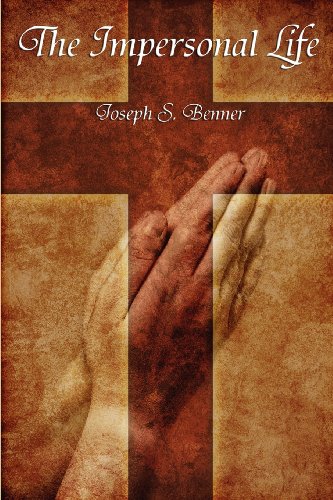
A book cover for The Impersonal Life; Joseph S. Benner; Christian Books & Bibles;